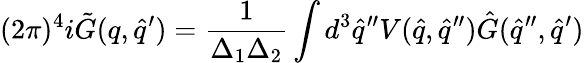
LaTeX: (2\pi)^{4}i{\tilde{G}}(q,{\hat{q}}^{\prime})=\frac{1}{\Delta_{1}\Delta_{2}}\int d^{3}{\hat{q}}^{\prime\prime}V({\hat{q}},{\hat{q}}^{\prime\prime}){\hat{G}}({\hat{q}}^{\prime\prime},{\hat{q}}^{\prime})